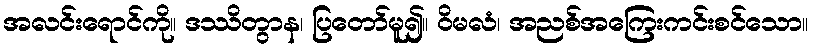
အလင်းရောင်ကို။ ဒဿိတွာန၊ ပြတော်မူ၍။ ဝိမလံ၊ အညစ်အကြေးကင်းစင်သော။